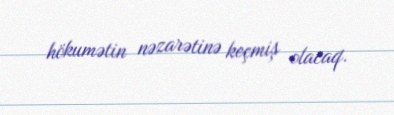
hökumətin nəzarətinə keçmiş olacaq.